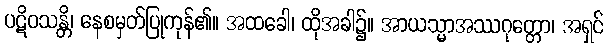
ပဋိဝသန္တိ၊ နေစမှတ်ပြုကုန်၏။ အထခေါ၊ ထိုအခါ၌။ အာယသ္မာအဿဂုတ္တော၊ အရှင်